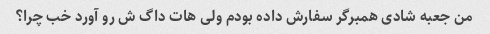
من جعبه شادی همبرگر سفارش داده بودم ولی هات داگ ش رو آورد خب چرا؟